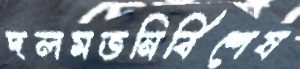
দলমতনির্বিশেষ